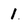
Character: 1